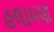
હલામણ